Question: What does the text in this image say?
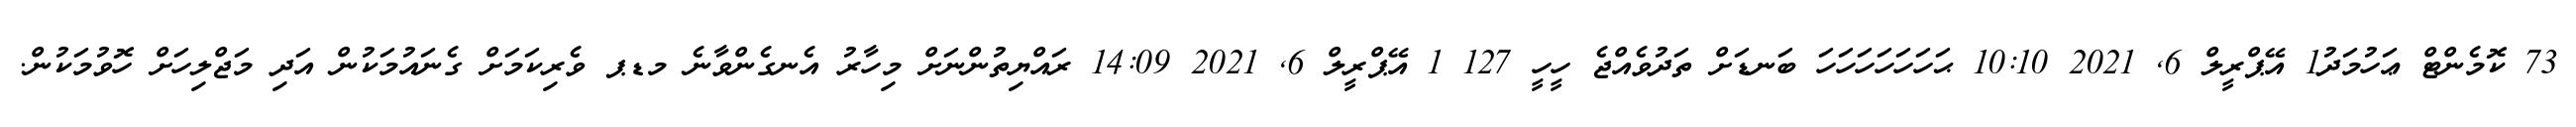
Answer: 73 ކޮމެންޓް ޢަހުމަދު1 އޭޕްރީލް 6, 2021 10:10 ޙަހަހަހަހަހަހަ ބަނޑަށް ތަދުވެއްޖެ ހީހީ 127 1 އޭޕްރީލް 6, 2021 14:09 ރައްޔިތުންނަށް މިހާރު އެނގެންވާނެ މޑޕ ވެރިކަމަށް ގެނައުމަކުން އަދި މަޖްލިހަށް ހޮވުމަކުން.